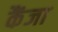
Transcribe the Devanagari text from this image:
कैंजा